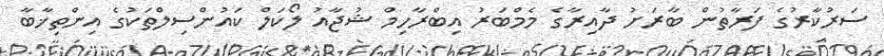
ސަރުކާރުގެ ފަރާތުން ބާރަށު ދާއިރާގެ މެމްބަރު އިބްރާހިމް ޝުޖާއު ލޯކަލް ކައުންސިލްތަކުގެ އިންތިޚާބާ